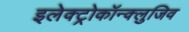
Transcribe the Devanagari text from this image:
इलेक्ट्रोकॉन्क्लुजिव